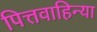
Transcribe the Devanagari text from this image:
पित्तवाहिन्या